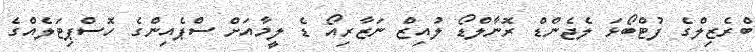
ބްރެޒިލްގެ ފުޓްބޯޅަ ލެޖެންޑް ރޮނާލްޑޯ ލުއިޒް ނަޒާރިއޯ ޑެ ލީމާއަށް ސްޕެއިންގެ ހޮސްޕިޓަލެއްގެ